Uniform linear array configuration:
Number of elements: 32
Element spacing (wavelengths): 0.25
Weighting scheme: hamming
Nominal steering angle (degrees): -45
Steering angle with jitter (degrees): -43.519
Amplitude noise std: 0.05
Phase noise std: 0.05

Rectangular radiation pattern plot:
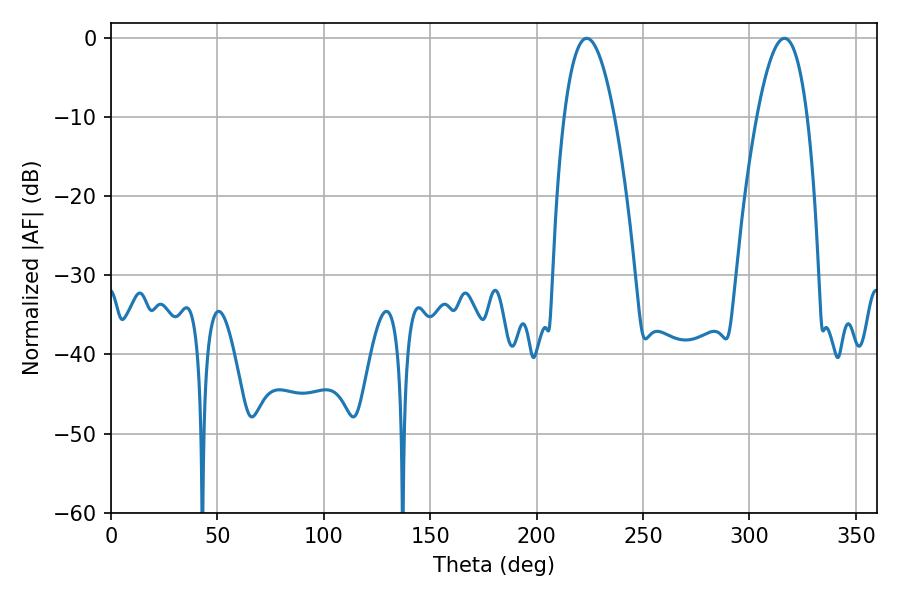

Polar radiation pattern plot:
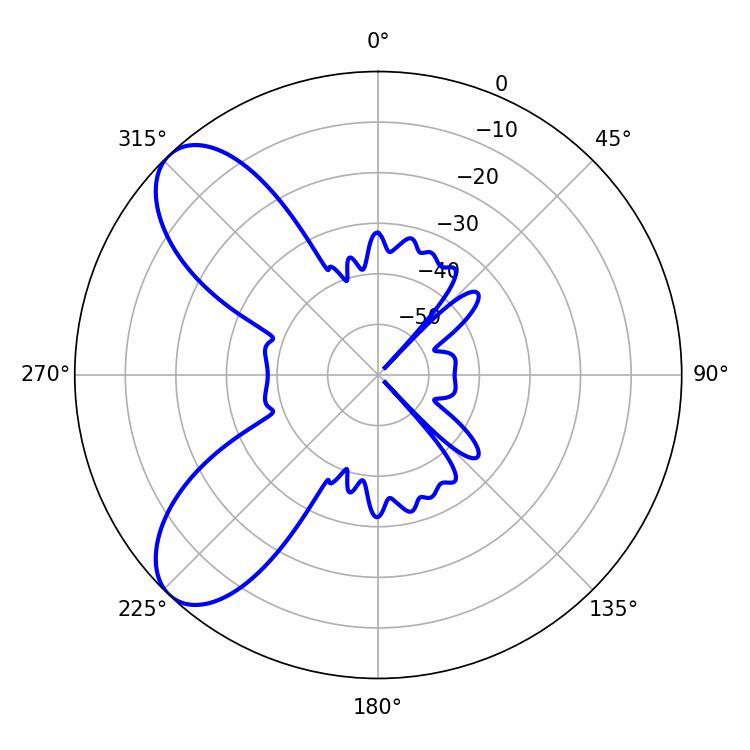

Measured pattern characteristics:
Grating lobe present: FALSE
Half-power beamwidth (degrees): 12.96
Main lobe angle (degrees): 223.56